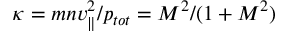
\kappa = m n v _ { \parallel } ^ { 2 } / p _ { t o t } = M ^ { 2 } / ( 1 + M ^ { 2 } )